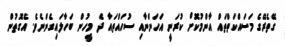
ގޭތެރޭގެ މަސައްކަތްތައް އާންމުކޮށް ކުރަނީ އަހަންނާއި ސުހައްތައާ ދެ މީހުން ބަހާލައިގެންނެވެ. އެގޮތުން